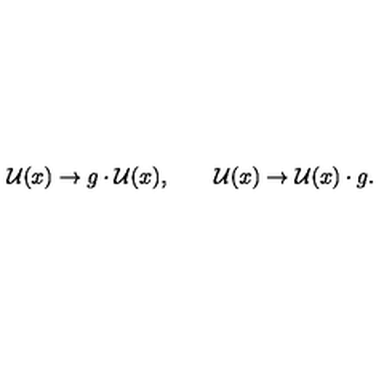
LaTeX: \mathcal { U } ( x ) \rightarrow g \cdot \mathcal { U } ( x ) , \qquad \mathcal { U } ( x ) \rightarrow \mathcal { U } ( x ) \cdot g .